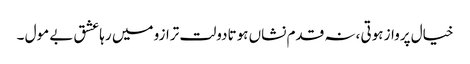
خیال پرواز ہوتی ،نہ قدم نشاں ہوتادولت ترازو میں رہاعشق بے مول ۔